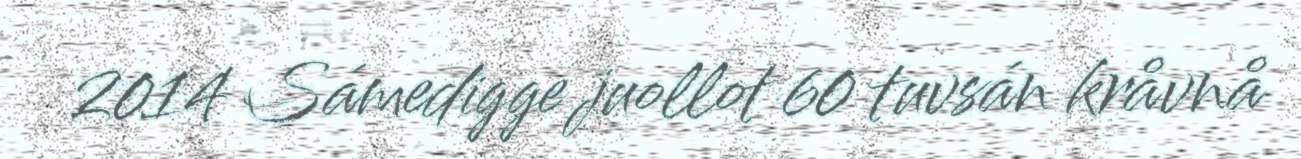
2014 Sámedigge juollot 60 tuvsán kråvnå